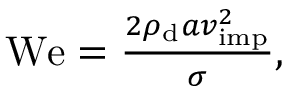
\begin{array} { r } { \mathrm { W e } = \frac { 2 \rho _ { \mathrm { d } } a v _ { \mathrm { i m p } } ^ { 2 } } { \sigma } , } \end{array}